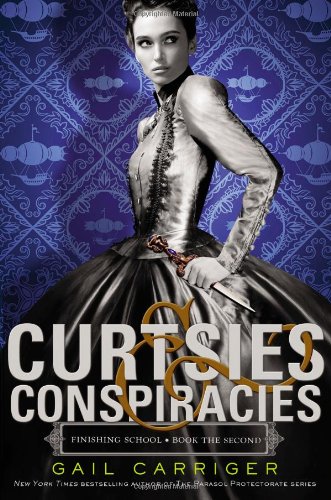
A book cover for Curtsies & Conspiracies (Finishing School); Gail Carriger; Teen & Young Adult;